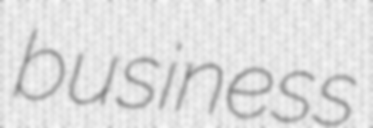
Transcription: business